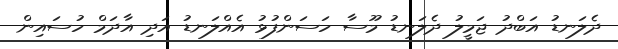
ދެލަނޑު އަބްދު ޖަމީލު ދެލަނޑު މޫސާ ހަސަންފުޅު އެއްލަނޑު އަދި އާދަމް ހުސައިން